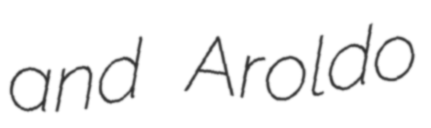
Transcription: and Aroldo